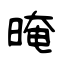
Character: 晻